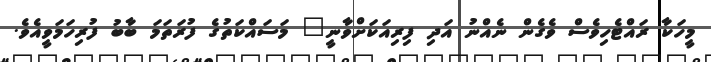
މީހަކާ ރައްޓެހިވެސް ވެގެން ނެއްނު އަދި ފިރިއަކަށްވާނީ" މަސައްކަތުގެ ފުރަތަމަ ބާބު ފުރިހަމަވީއެވެ.